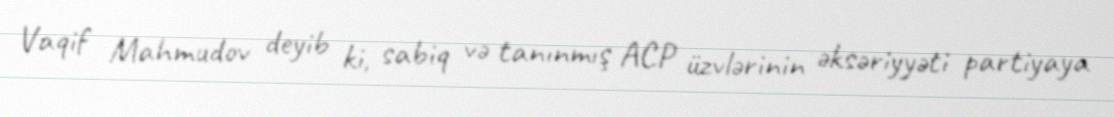
Vaqif Mahmudov deyib ki, sabiq və tanınmış ACP üzvlərinin əksəriyyəti partiyaya